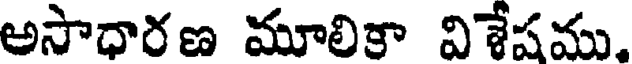
అసాధారణ మూలికా విశేషము,